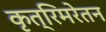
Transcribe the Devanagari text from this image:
कृत्रिमरेतन